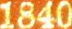
1840